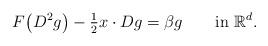
LaTeX: \begin{align*} F\bigl(D^2g\bigr) - \tfrac{1}2 x \cdot Dg =\beta g \qquad\mbox{in } \mathbb{R}^d.\end{align*}